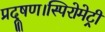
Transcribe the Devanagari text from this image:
प्रदूषण।स्पिरोमेट्री